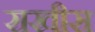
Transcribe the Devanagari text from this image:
राखीस